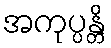
အကုပ္ပန္တိ